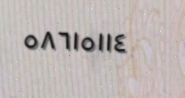
٥٨٦١٥١١٤